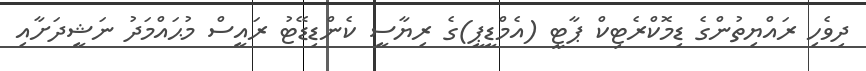
ދިވެހި ރައްޔިތުންގެ ޑިމޮކްރެޓިކް ޕާޓީ (އެމްޑީޕީ)ގެ ރިޔާސީ ކެންޑިޑޭޓު ރައީސް މުޙައްމަދު ނަޝީދަށާއި